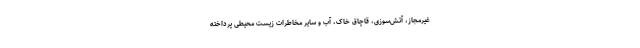
غیرمجاز، آتش‌سوزی، قاچاق خاک، آب و سایر مخاطرات زیست محیطی پرداخته